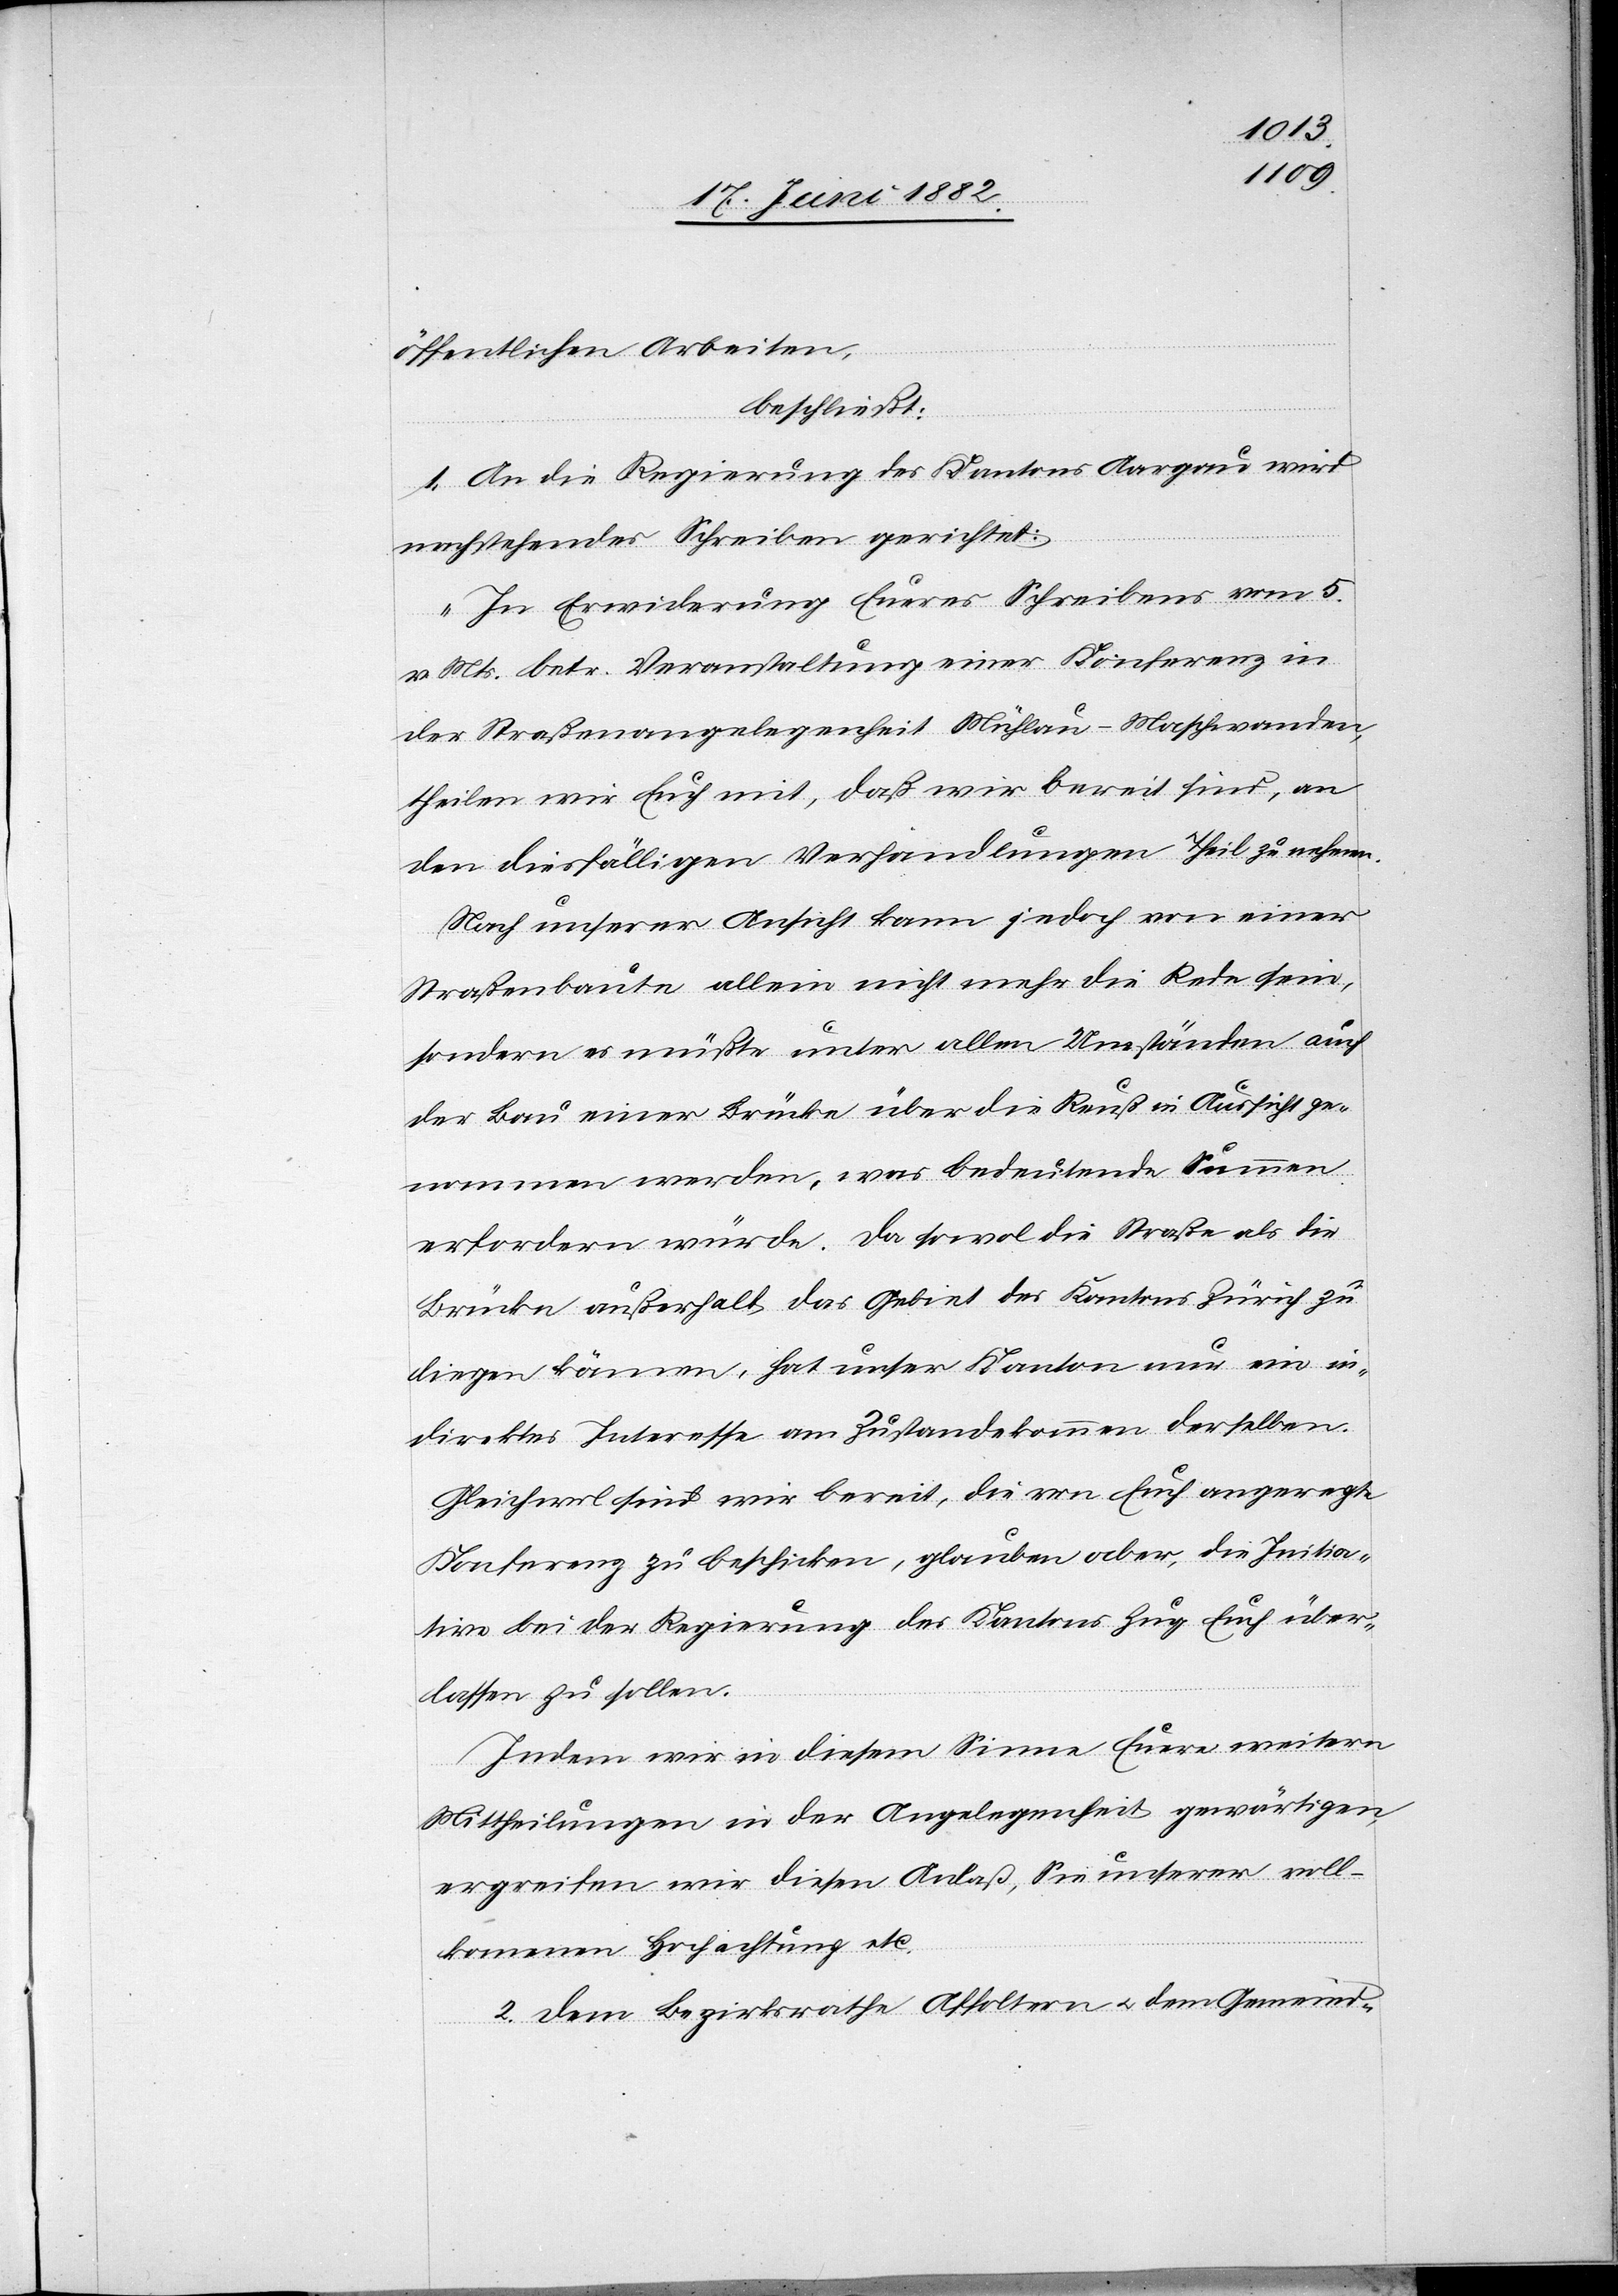
öffentlichen Arbeiten,
beschließt:
1. An die Regierung des Kantons Aargau wird
nachstehendes Schreiben gerichtet:
„In Erwiderung Eueres Schreibens vom 5.
v. Mts. betr. Veranstaltung einer Konferenz in
der Straßenangelegenheit Mühlau–Maschwanden,
theilen wir Euch mit, daß wir bereit sind, an
den diesfälligen Verhandlungen Theil zu nehmen.
Nach unserer Ansicht kann jedoch von einer
Straßenbaute allein nicht mehr die Rede sein,
sondern es müßte unter allen Umständen auch
der Bau einer Brücke über die Reuß in Aussicht ge¬
nommen werden, was bedeutende Summen
erfordern würde. Da sowol die Straße als die
Brücke außerhalb das Gebiet des Kantons Zürich zu
liegen kämen, hat unser Kanton nur ein in¬
direktes Interesse am Zustandekommen derselben.
Gleichwol sind wir bereit, die von Euch angeregte
Konferenz zu beschicken, glauben aber, die Initia¬
tive bei der Regierung des Kantons Zug Euch über¬
lassen zu sollen.
Indem wir in diesem Sinne Euere weitern
Mittheilung in der Angelegenheit gewärtigen,
ergreifen wir diesen Anlaß, Sie unserer voll¬
kommenen Hochachtung etc.
2. Dem Bezirksrathe Affoltern u. dem Gemeind-